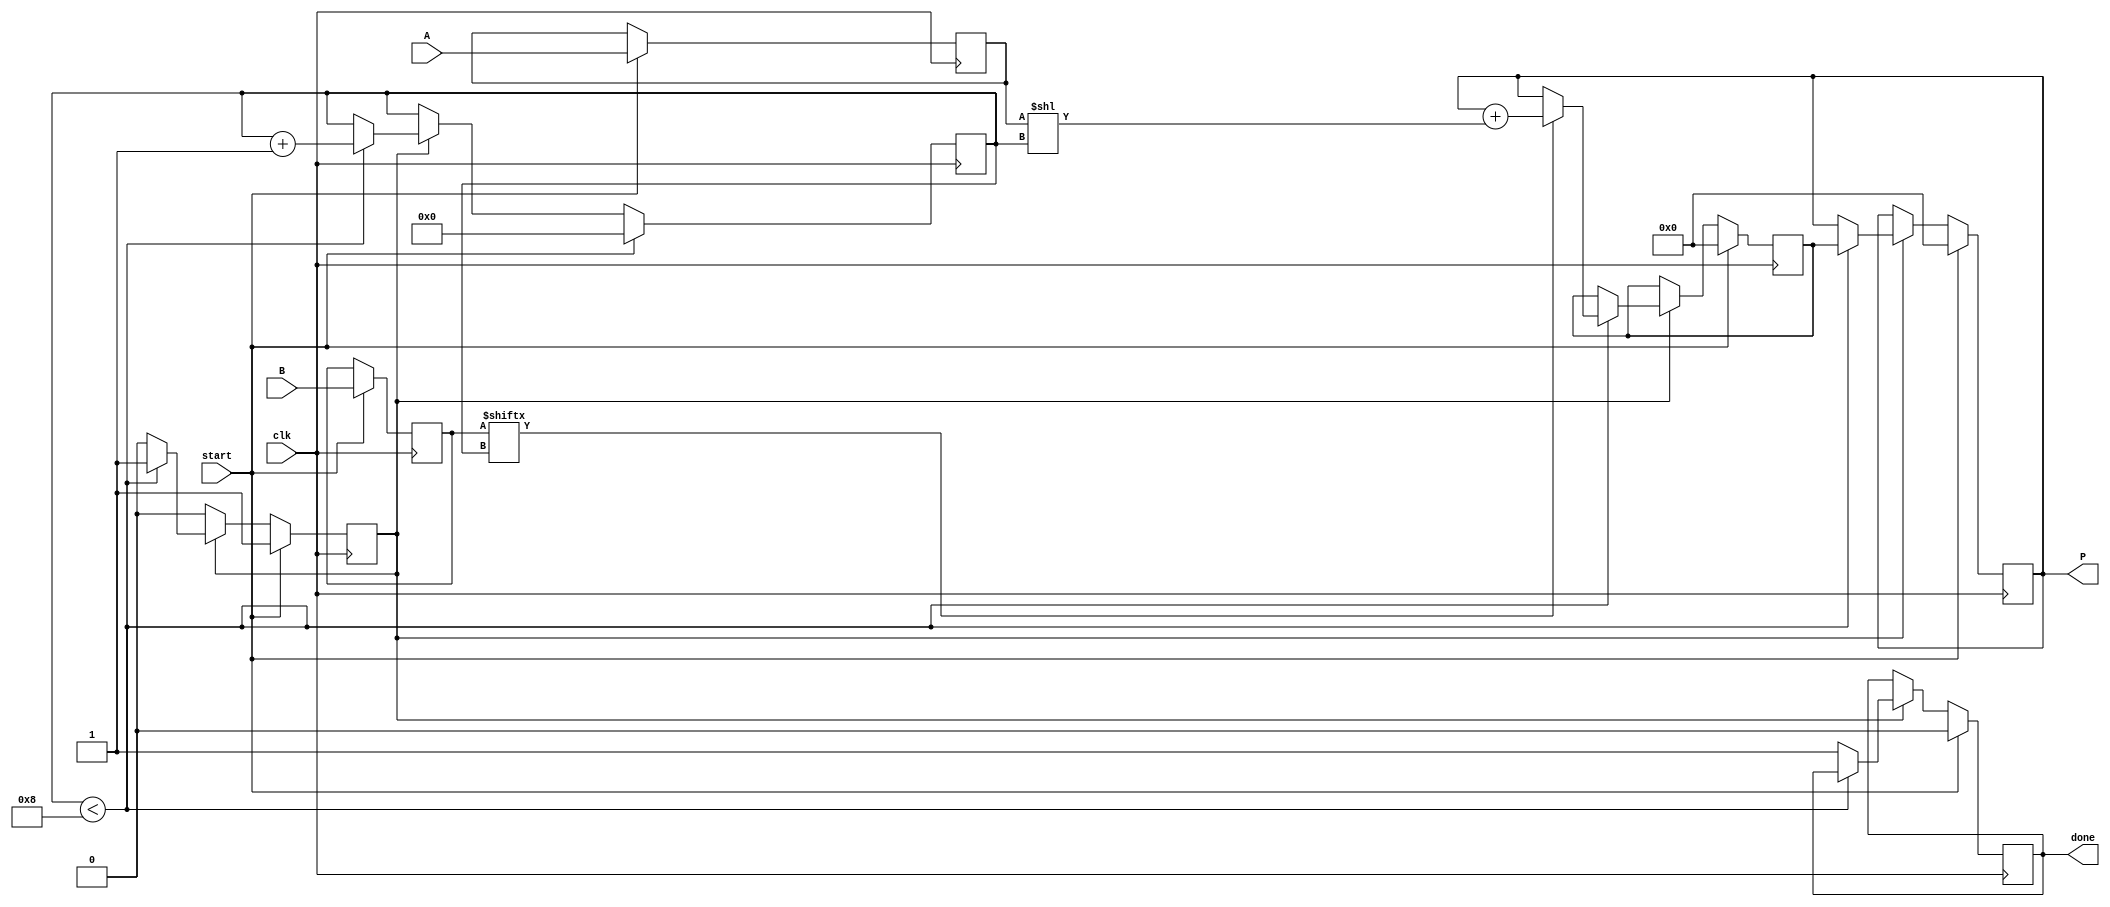
module radix2_multiplier #(
    parameter N = 8 // Bit-width for inputs A and B
) (
    input wire clk,
    input wire start,
    input wire [N-1:0] A, // Multiplicand
    input wire [N-1:0] B, // Multiplier
    output reg [2*N-1:0] P, // Product
    output reg done // Indicates multiplication completion
);

    reg [N-1:0] A_reg;
    reg [N-1:0] B_reg;
    reg [2*N-1:0] partial_product;
    reg [3:0] count; // Counter for bits processed
    reg in_progress;

    always @(posedge clk) begin
        if (start) begin
            A_reg <= A;
            B_reg <= B;
            partial_product <= 0;
            P <= 0;
            count <= 0;
            done <= 0;
            in_progress <= 1;
        end else if (in_progress) begin
            if (count < N) begin
                // Check if the current bit of B is 1
                if (B_reg[count] == 1) begin
                    // Add the current partial product to the result
                    partial_product <= P + (A_reg << count);
                end else begin
                    partial_product <= P;
                end
                
                // Update the product
                P <= partial_product;
                count <= count + 1; // Move to the next bit
            end else begin
                done <= 1; // Multiplication is completed
                in_progress <= 0; // Stop processing
            end
        end
    end
endmodule